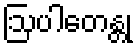
ဩပါတေန္တု